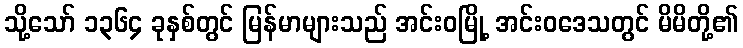
သို့သော် ၁၃၆၄ ခုနှစ်တွင် မြန်မာများသည် အင်းဝမြို့ အင်းဝဒေသတွင် မိမိတို့၏